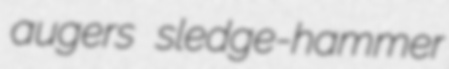
augers sledge-hammer